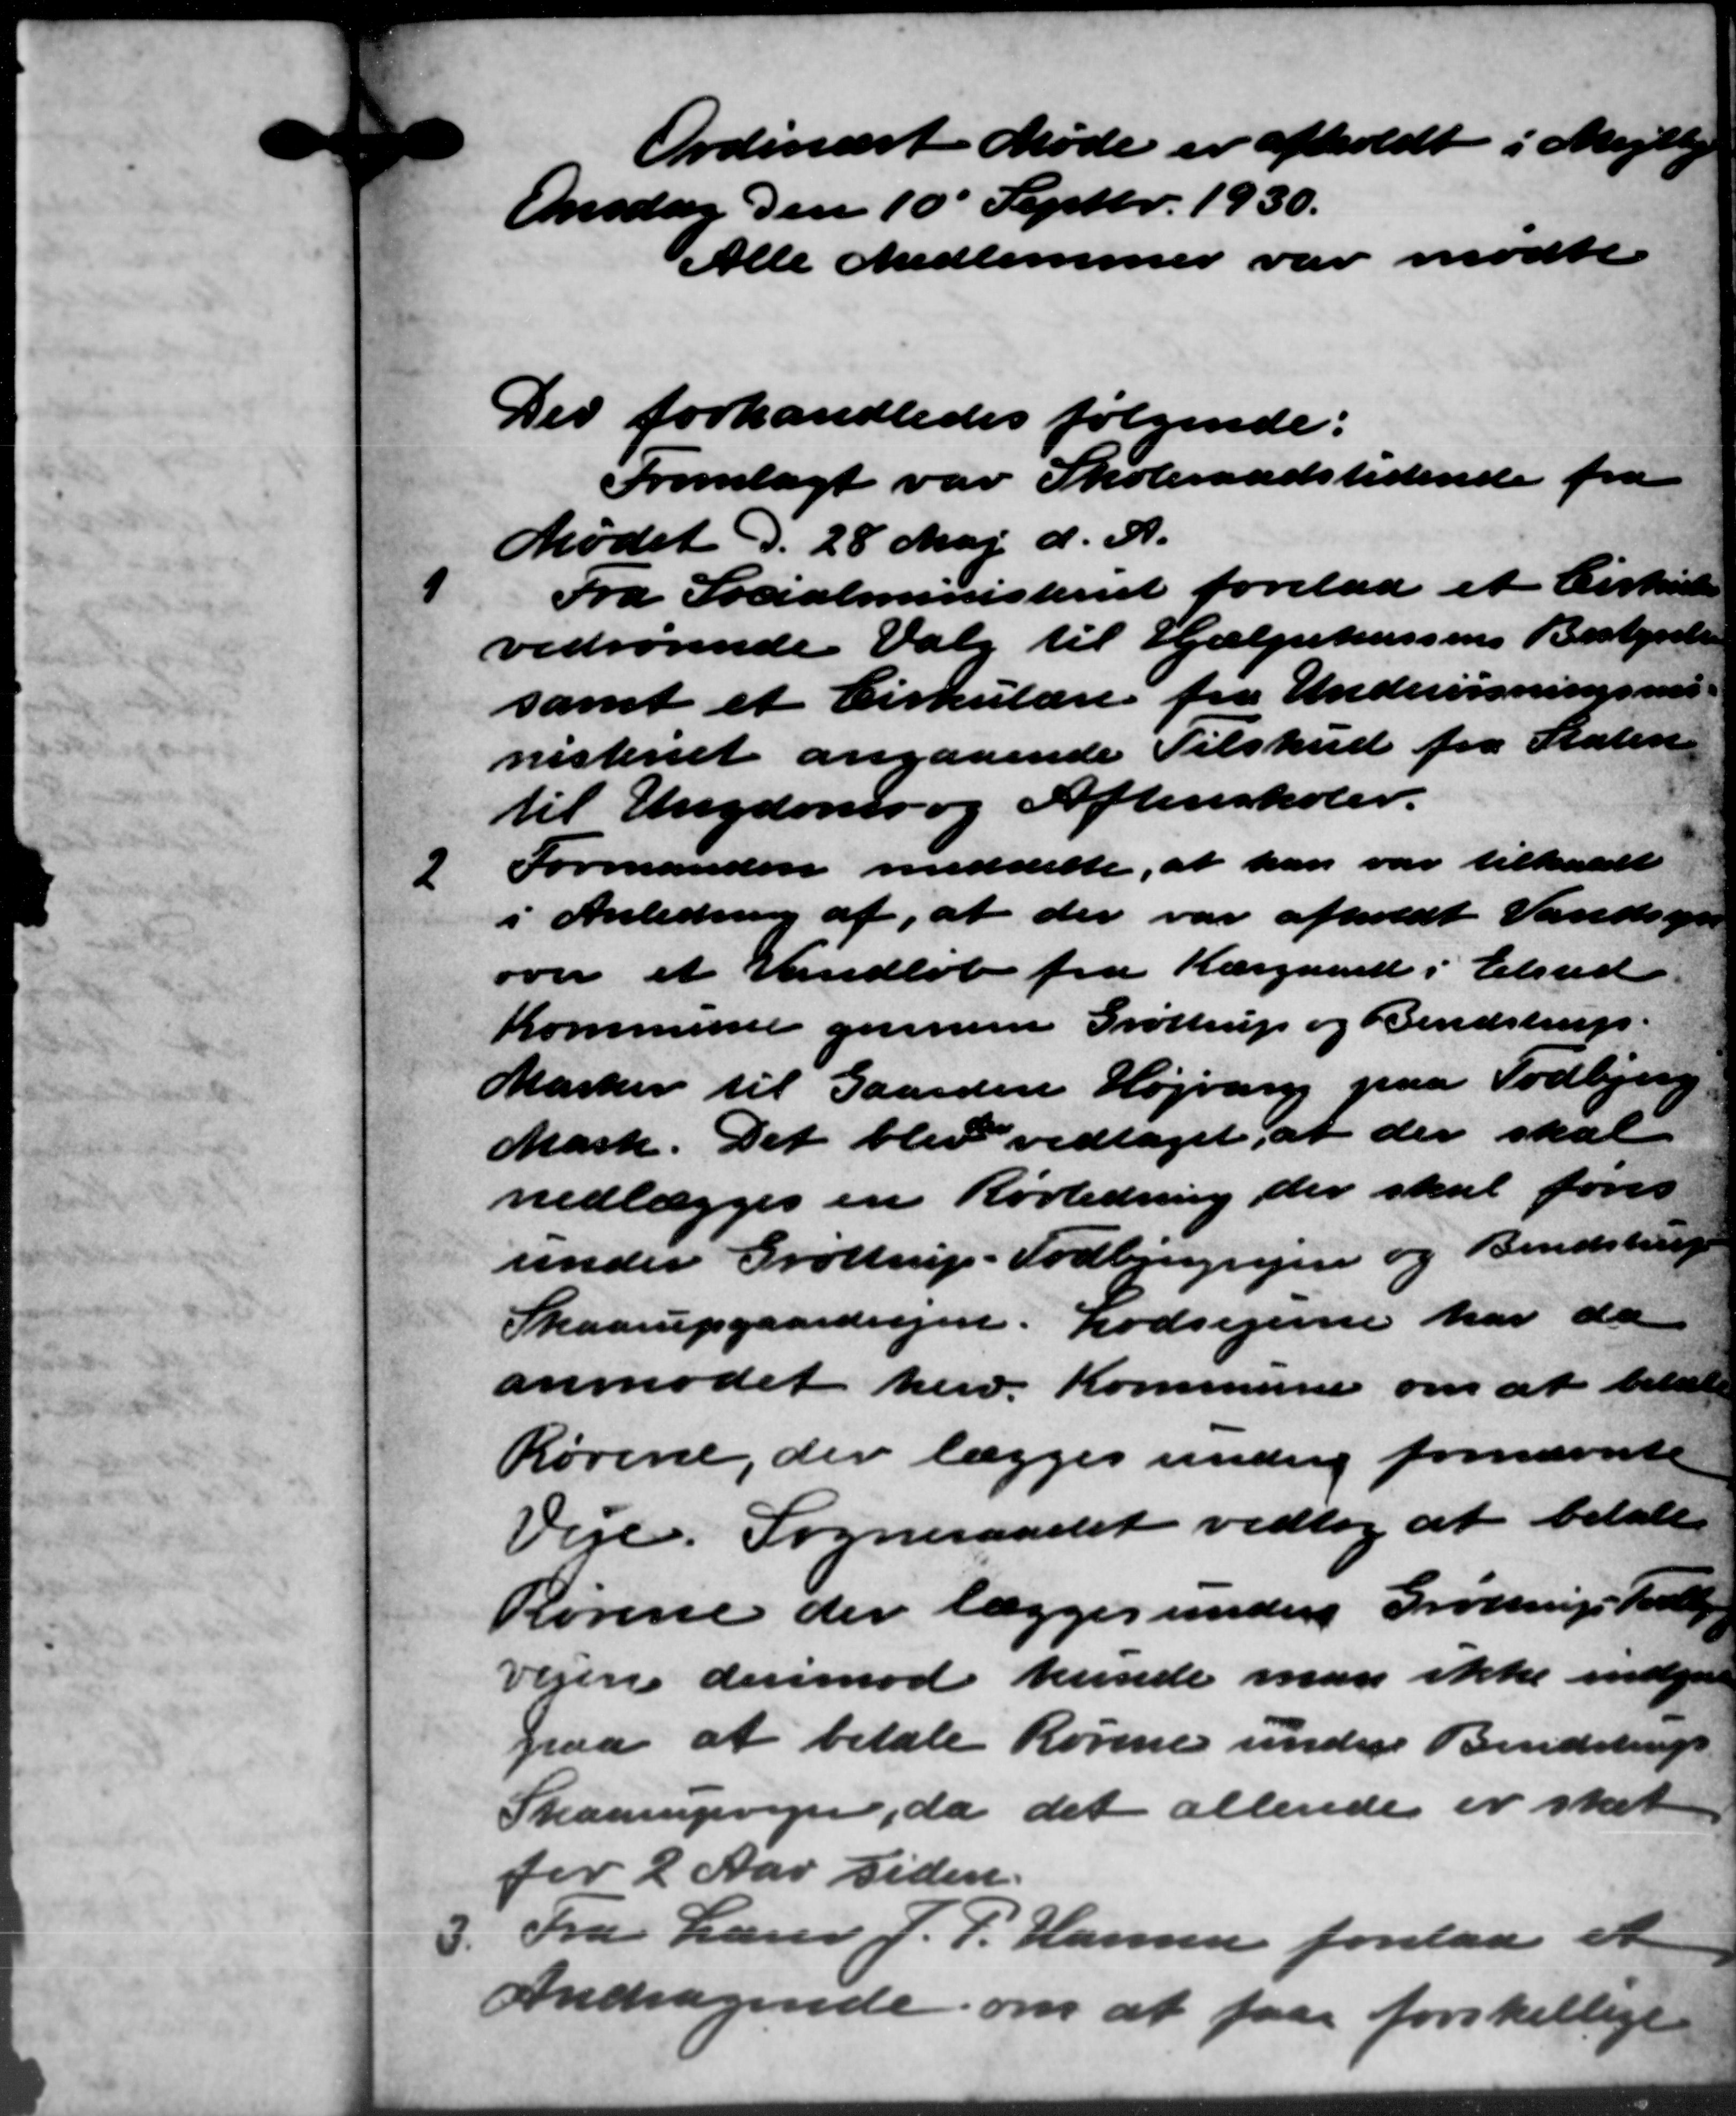
Transskription:
Ordinært Møde er afholdt i Mejlby
Onsdag den 10´ Septbr. 1930.
Alle Medlemmer var mødte
Der forhandledes følgende:
Fremlagt var Skoleraadstidende fra
Mødet d. 28 Maj d. A.

Fra Socialministeriet forelaa et Cirkulære
vedrørende Valg til Hjælpekassens Bestyrelse
samt et Cirkulære fra Undervisningsmi-
nisteriet angaaende Tilskud fra Staten
til Ungdoms og Aftenskoler.
2
Formanden meddelte, at han var tilkaldt
i Anledning af, at der var afholdt Vandsyn
over et Vandløb fra Kærgaard i Elsted
Kommune gennem Grøttrup og Bendstrup.
Marker til Gaarden Højvang paa Todbjerg
Mark. Det blev vedtaget, at der skal
nedlægges en Rørledning, der skal føres
under Grøttrup - Todbjergvejen og Bendstrup
Skaarupgaardvejen. Lodsejerne har da
anmodet herv. Kommune om at betal
Rørene, der lægges under fornævnte
Veje. Sogneraadet vedtog at betale
Rørene der lægges unders Grøttrup Todb
vejen derimod kunde man ikke indgaae
paa at betale Rørene unders Bendstrup
Skaarupvejen, da det allende er skal
for 2 Aar siden.
3.
Fra Lærer J. P. Hansen forelaa et
Andragende om at faae forskellige